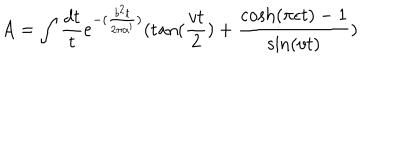
LaTeX: A = \int \frac { d t } { t } e ^ { - ( \frac { b ^ { 2 } t } { 2 \pi \alpha ^ { \prime } } ) } ( \tan ( \frac { v t } { 2 } ) + \frac { \cosh ( \pi \epsilon t ) - 1 } { \sin ( v t ) } )